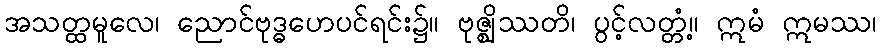
အသတ္ထမူလေ၊ ညောင်ဗုဒ္ဓဟေပင်ရင်း၌။ ဗုဇ္ဈိဿတိ၊ ပွင့်လတ္တံ့။ ဣမံ ဣမဿ၊